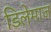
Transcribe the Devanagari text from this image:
डिलेमाज